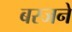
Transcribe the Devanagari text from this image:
बस्जने